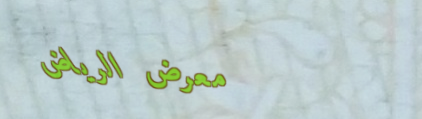
معرض الرياض